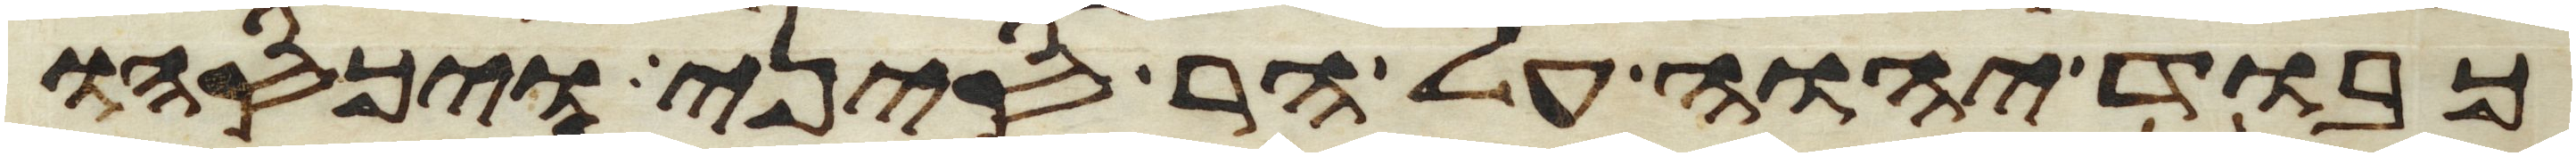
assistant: כבוד יהוה על הר סיני ויכסהו